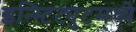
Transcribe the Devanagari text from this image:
इन्स्टिट्युटमध्ये